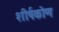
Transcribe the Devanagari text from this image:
शीर्षकोण